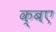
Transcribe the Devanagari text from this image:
क्बए